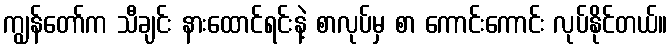
ကျွန်တော်က သီချင်း နားထောင်ရင်းနဲ့ စာလုပ်မှ စာ ကောင်းကောင်း လုပ်နိုင်တယ်။